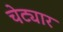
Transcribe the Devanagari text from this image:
चेट्यार